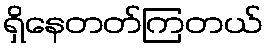
ရှိနေတတ်ကြတယ်